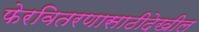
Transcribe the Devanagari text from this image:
फेरवितरणासाठीदेखील